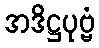
အဒိဋ္ဌပုဗ္ဗံ